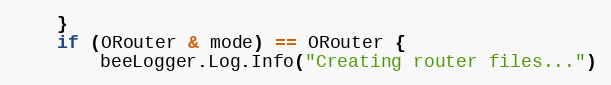
Language: Go
	}
	if (ORouter & mode) == ORouter {
		beeLogger.Log.Info("Creating router files...")